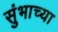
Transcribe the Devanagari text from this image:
सुंभाच्या